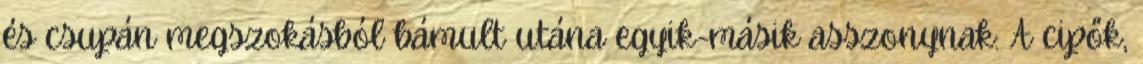
és csupán megszokásból bámult utána egyik-másik asszonynak: A cipők,